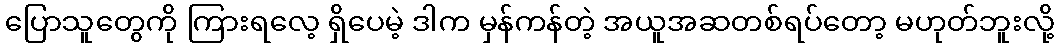
ပြောသူတွေကို ကြားရလေ့ ရှိပေမဲ့ ဒါက မှန်ကန်တဲ့ အယူအဆတစ်ရပ်တော့ မဟုတ်ဘူးလို့